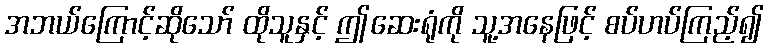
အဘယ်ကြောင့်ဆိုသော် ထိုသူနှင့် ဤဆေးရုံကို သူ့အနေဖြင့် စပ်ဟပ်ကြည့်၍